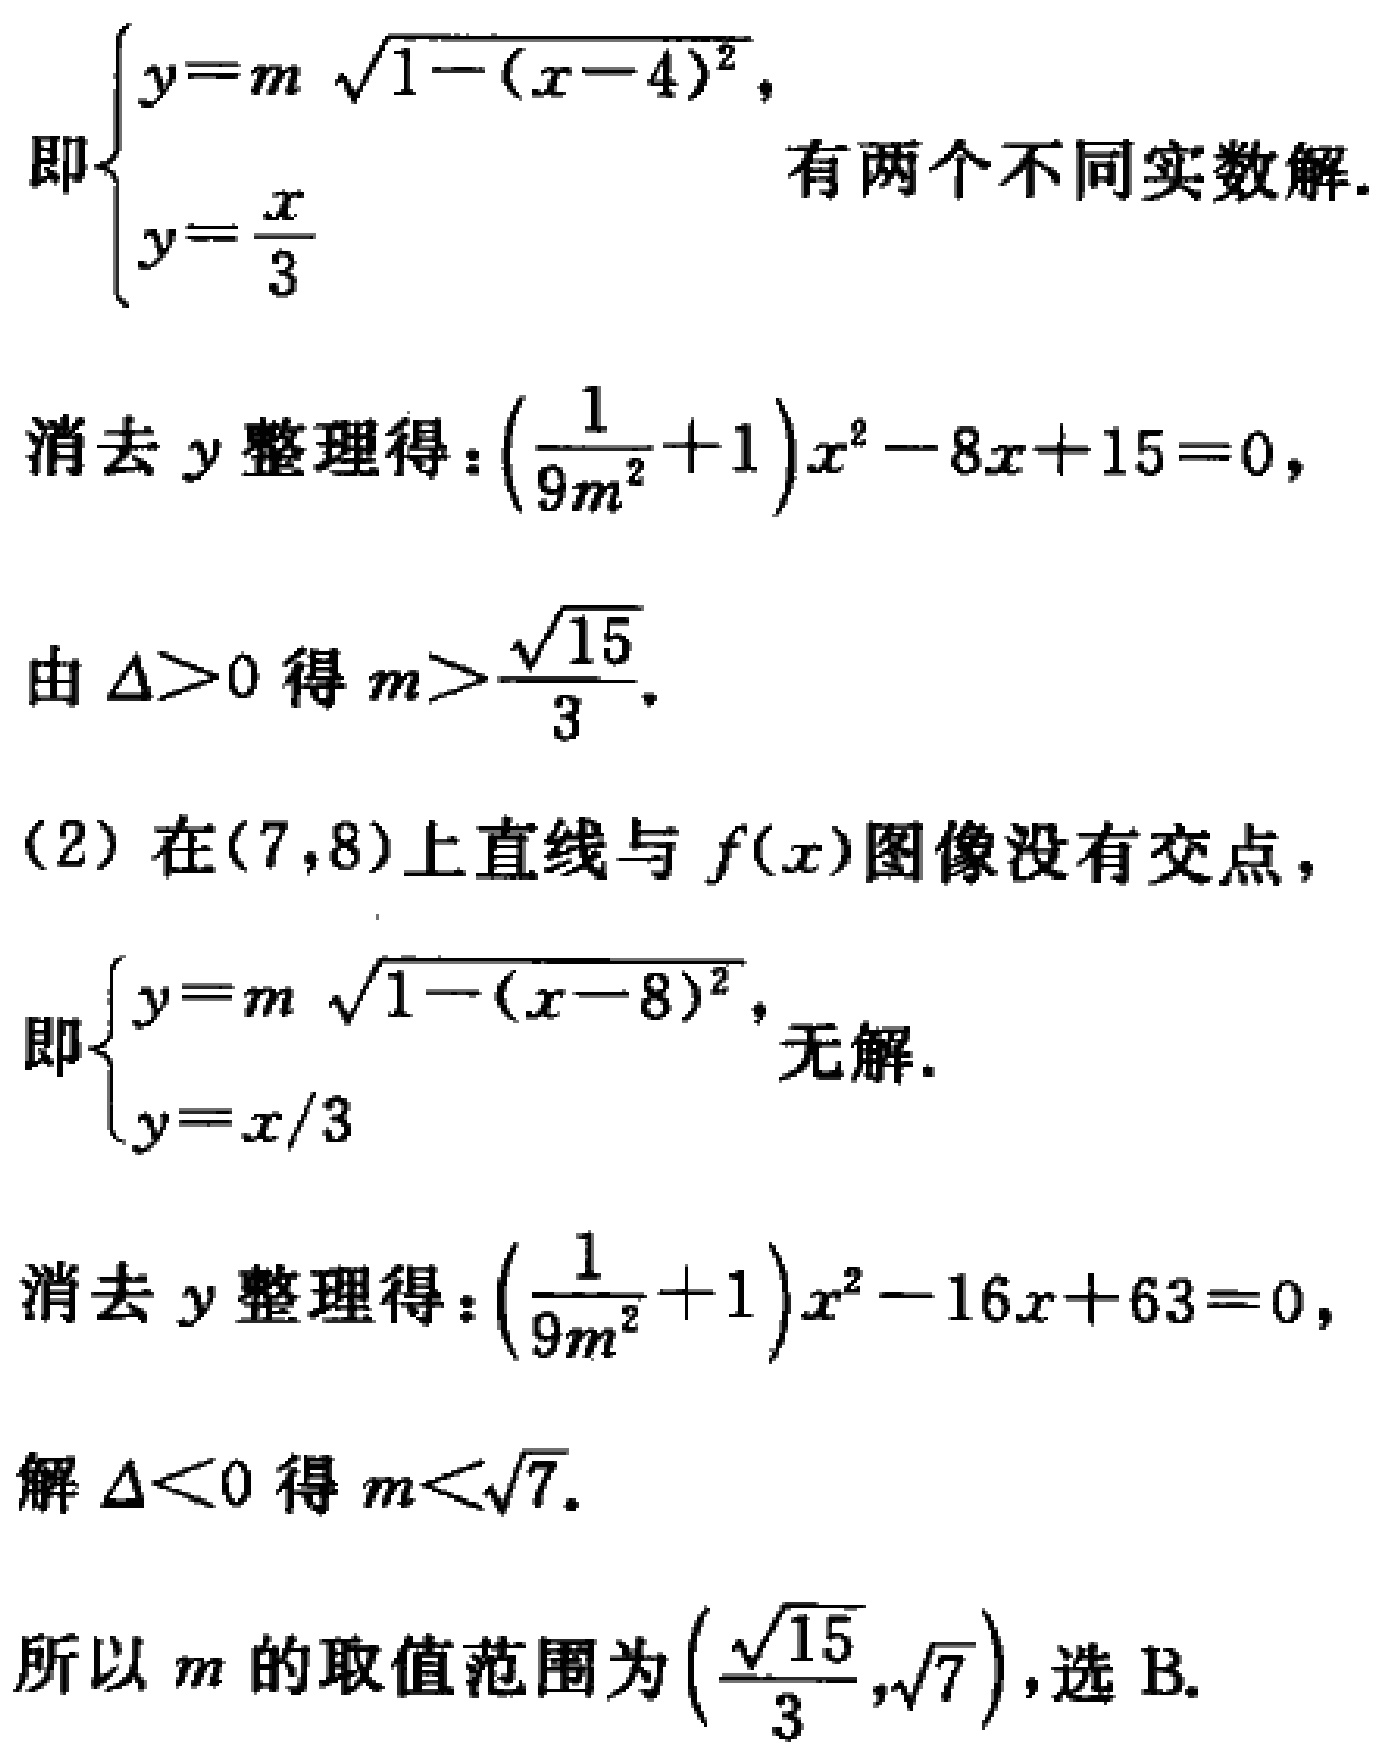
\[\begin{cases}
y = m\sqrt{1-(x - 4)^2}\\
y=\frac{x}{3}
\end{cases}\]
即\(\begin{cases}
y = m\sqrt{1-(x - 4)^2}\\
y=\frac{x}{3}
\end{cases}\)有两个不同实数解.

消去\(y\)整理得：\((\frac{1}{9m^2}+1)x^2 - 8x + 15 = 0\)，
由\(\Delta>0\)得\(m>\frac{\sqrt{15}}{3}\).

(2)在\((7,8)\)上直线与\(f(x)\)图像没有交点，
即\(\begin{cases}
y = m\sqrt{1-(x - 8)^2}\\
y=\frac{x}{3}
\end{cases}\)无解.

消去\(y\)整理得：\((\frac{1}{9m^2}+1)x^2 - 16x + 63 = 0\)，
解\(\Delta<0\)得\(m<\sqrt{7}\).

所以\(m\)的取值范围为\((\frac{\sqrt{15}}{3},\sqrt{7})\)，选B.